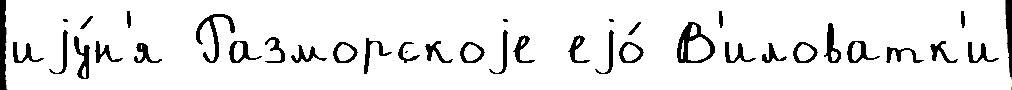
иjу́н'я Разморскоjе еjо́ В'иловатк'и